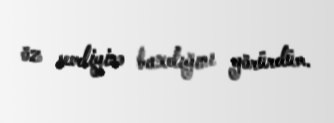
öz sevdiyinə baxdığını görürdüm.